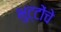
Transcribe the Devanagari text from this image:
भुट्टोंचे